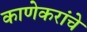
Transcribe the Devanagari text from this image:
काणेकरांचे